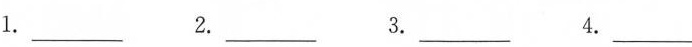
1.___ 2.___ 3.___ 4.___